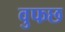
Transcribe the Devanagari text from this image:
वुफछ